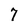
Character: 7